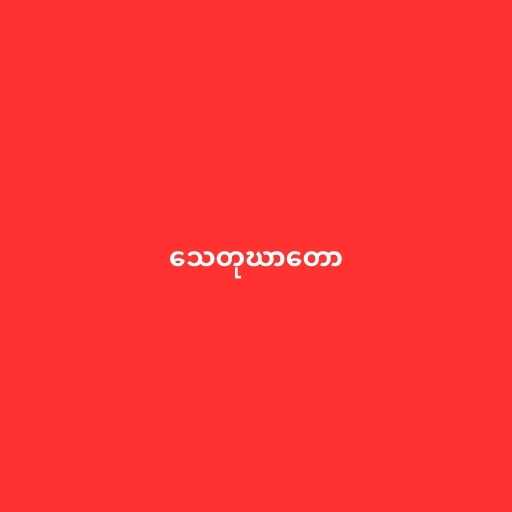
သေတုဃာတော